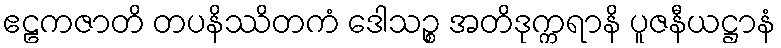
ဧဠကဇာတိ တပနိဿိတကံ ဒေါသဉ္စ အတိဒုက္ကရာနိ ပူဇနီယဋ္ဌာနံ